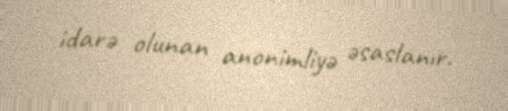
idarə olunan anonimliyə əsaslanır.